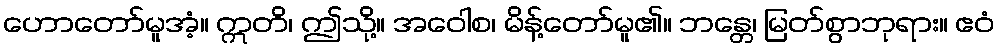
ဟောတော်မူအံ့။ ဣတိ၊ ဤသို့။ အဝေါစ၊ မိန့်တော်မူ၏။ ဘန္တေ၊ မြတ်စွာဘုရား။ ဧဝံ